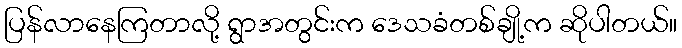
ပြန်လာနေကြတာလို့ ရွာအတွင်းက ဒေသခံတစ်ချို့က ဆိုပါတယ်။